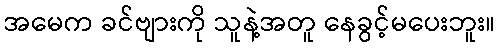
အမေက ခင်ဗျားကို သူနဲ့အတူ နေခွင့်မပေးဘူး။